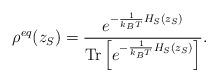
LaTeX: \begin{align*}\rho^{eq}(z_S) = \frac{e^{-\frac{1}{k_BT}H_S(z_S)}} {\mathrm{Tr}\left[e^{-\frac{1}{k_BT}H_S(z_S)}\right]}.\end{align*}